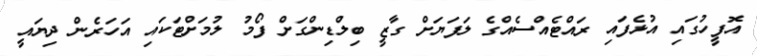
އޮފީހުގައި އުޅެފައި ރައްޓެއްސެއްގެ ލަފަޔަށް ގާޒީ ބިލްޑިންގަށް ފޯމު ލުމަށްޓަކައި އަހަރެން ދިޔައީ